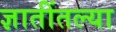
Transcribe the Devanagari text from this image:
ज्ञातींतल्या